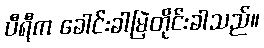
ပီရီက ခေါင်းခါမြဲတိုင်းခါသည်။